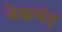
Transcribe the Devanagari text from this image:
नेकचंद